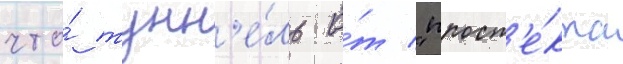
что́ тунн'е́ль о́т "просп'е́кта